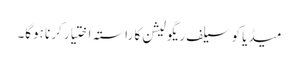
میڈیا کو سیلف ریگولیشن کا راستہ اختیار کرنا ہوگا۔